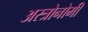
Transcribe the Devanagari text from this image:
अस्त्रोनोमी